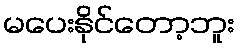
မပေးနိုင်တော့ဘူး